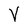
Character: V